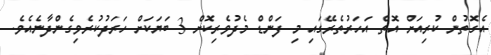
އެގޮތުން ކުރިއަށް އޮތް އަހަރުތެރޭގައި މި ފަންޑް މެދުވެރިކޮށް 3 ބަޔަކަށް ހަރަދުކުރެވިގެންދާނެއެވެ.